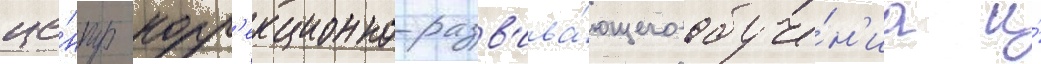
це́нтр корр'екционно-разв'ива́ющего обуче́н'иа и́